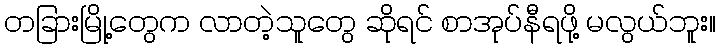
တခြားမြို့တွေက လာတဲ့သူတွေ ဆိုရင် စာအုပ်နီရဖို့ မလွယ်ဘူး။